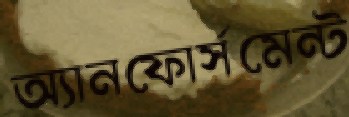
অ্যানফোর্সমেন্ট